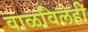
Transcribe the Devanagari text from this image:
वाळविलेही